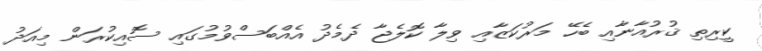
ކީރިތި ޤުރުއާނާއި ބެހޭ މަރުކަޒާއި ވިލާ ކޮލެޖާ ދެމެދު އެއްބަސްވުމުގައި ސޮއިކުރަން މިއަދު